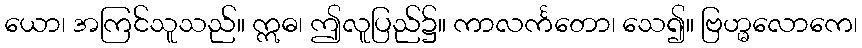
ယော၊ အကြင်သူသည်။ ဣဓ၊ ဤလူပြည်၌။ ကာလင်္ကတော၊ သေ၍။ ဗြဟ္မလောကေ၊